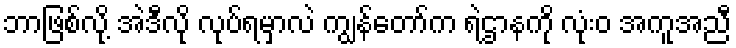
ဘာဖြစ်လို့ အဲဒီလို လုပ်ရမှာလဲ ကျွန်တော်က ရဲဌာနကို လုံးဝ အကူအညီ